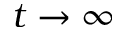
t \to \infty